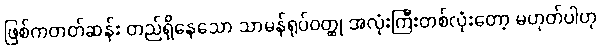
ဖြစ်ကတတ်ဆန်း တည်ရှိနေသော သာမန်ရုပ်ဝတ္ထု အလုံးကြီးတစ်လုံးတော့ မဟုတ်ပါဟု